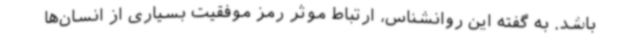
باشد. به گفته این روانشناس، ارتباط موثر رمز موفقیت بسیاری از انسان‌ها